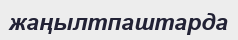
жаңылтпаштарда